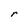
Character: r